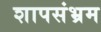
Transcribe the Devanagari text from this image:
शापसंभ्रम